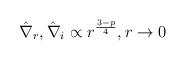
LaTeX: \begin{align*}\hat \nabla_r , \hat \nabla_i \propto r^{3-p\over 4} , r \rightarrow 0\end{align*}